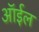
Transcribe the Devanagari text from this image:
ऑर्इल